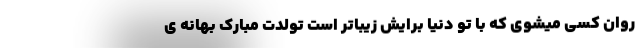
روان کسی میشوی که با تو دنیا برایش زیباتر است تولدت مبارک بهانه ی